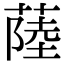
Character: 𦸐